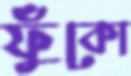
ফুঁকো